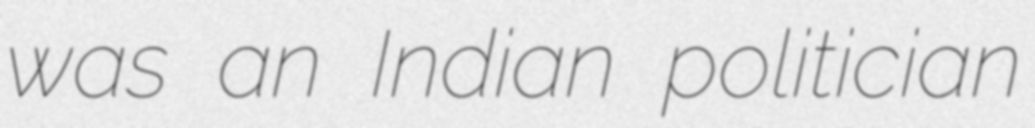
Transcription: was an Indian politician